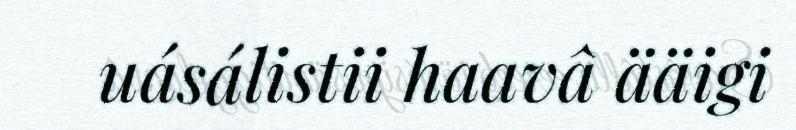
uásálistii haavâ ääigi